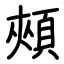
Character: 頰